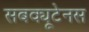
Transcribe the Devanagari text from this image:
सबक्यूटेनस